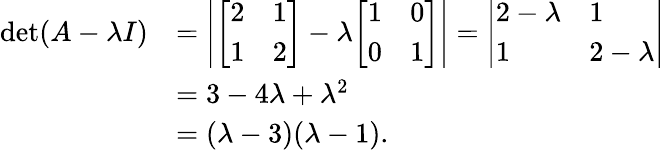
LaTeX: {\begin{array}{rl}{\operatorname*{det}(A-\lambda I)}&{=\left|{\left[\begin{array}{ll}{2}&{1}\\ {1}&{2}\end{array}\right]}-\lambda{\left[\begin{array}{ll}{1}&{0}\\ {0}&{1}\end{array}\right]}\right|={\left|\begin{array}{ll}{2-\lambda}&{1}\\ {1}&{2-\lambda}\end{array}\right|}}\\ &{=3-4\lambda+\lambda^{2}}\\ &{=(\lambda-3)(\lambda-1).}\end{array}}